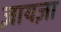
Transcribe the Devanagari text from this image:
ज़ायज़ा